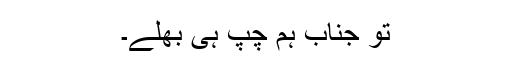
تو جناب ہم چپ ہی بھلے۔